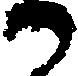
か